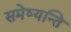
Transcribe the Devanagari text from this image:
समेष्यन्ति